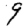
Digit: 9